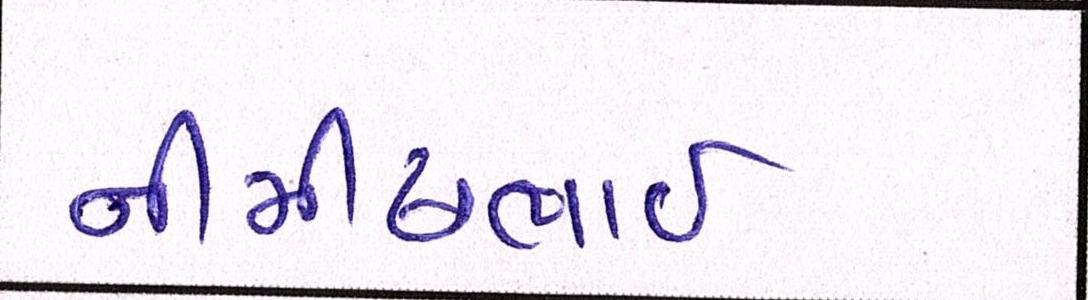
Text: નીમીષભાઈ